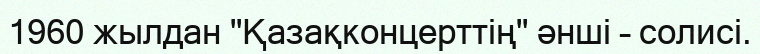
1960 жылдан "Қазақконцерттің" әнші – солисі.